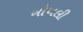
ખોખલી